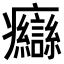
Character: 𤼙